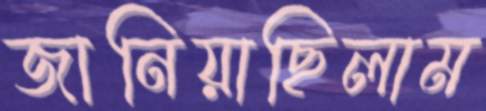
জানিয়াছিলাম